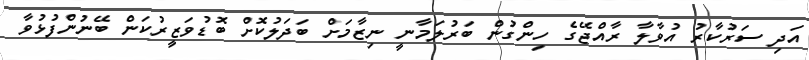
އަދި ސަރުކާރު އުވާލާ ރާއްޖޭގެ ހިންގުން ބަރުލަމާނީ ނިޒާމަށް ބަދަލުކޮށް ބޮޑުވަޒީރުކަން ބޭނުންފުޅުވާ